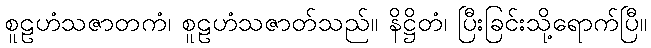
စူဠဟံသဇာတကံ၊ စူဠဟံသဇာတ်သည်။ နိဋ္ဌိတံ၊ ပြီးခြင်းသို့ရောက်ပြီ။